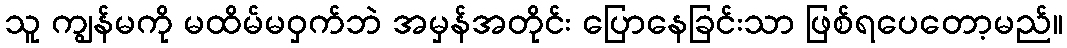
သူ ကျွန်မကို မထိမ်မဝှက်ဘဲ အမှန်အတိုင်း ပြောနေခြင်းသာ ဖြစ်ရပေတော့မည်။